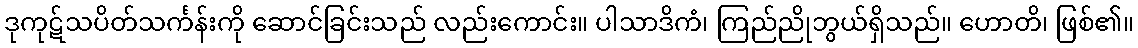
ဒုကုဋ်သပိတ်သင်္ကန်းကို ဆောင်ခြင်းသည် လည်းကောင်း။ ပါသာဒိကံ၊ ကြည်ညိုဘွယ်ရှိသည်။ ဟောတိ၊ ဖြစ်၏။